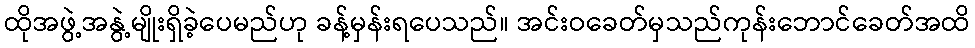
ထိုအဖွဲ့အနွဲ့မျိုးရှိခဲ့ပေမည်ဟု ခန့်မှန်းရပေသည်။ အင်းဝခေတ်မှသည်ကုန်းဘောင်ခေတ်အထိ